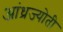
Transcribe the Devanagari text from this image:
आंध्रज्योती